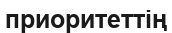
приоритеттің